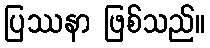
ပြဿနာ ဖြစ်သည်။